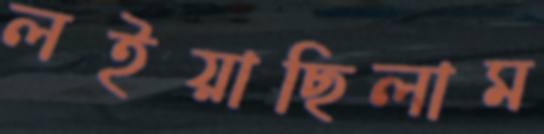
লইয়াছিলাম